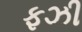
ફઝી